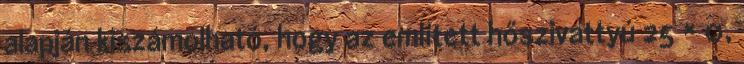
alapján kiszámolható, hogy az említett hőszivattyú 25 × 0,